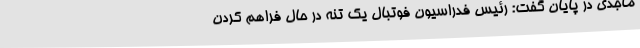
ماجدی در پایان گفت: رئیس فدراسیون فوتبال یک تنه در حال فراهم کردن